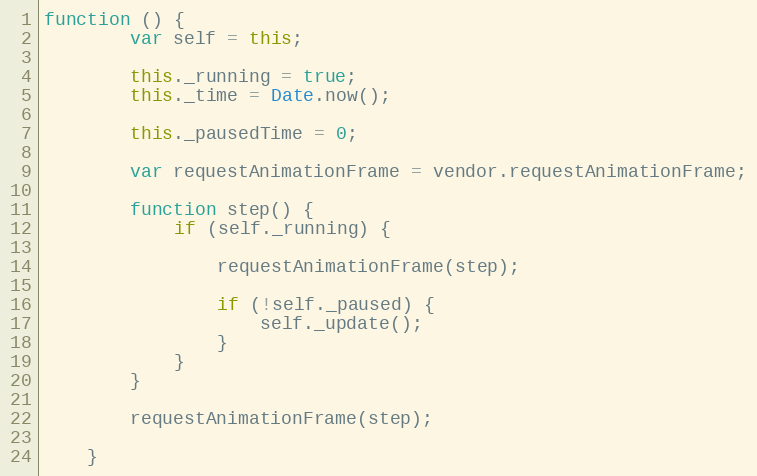
Language: JavaScript
function () {
        var self = this;

        this._running = true;
        this._time = Date.now();

        this._pausedTime = 0;

        var requestAnimationFrame = vendor.requestAnimationFrame;

        function step() {
            if (self._running) {

                requestAnimationFrame(step);

                if (!self._paused) {
                    self._update();
                }
            }
        }

        requestAnimationFrame(step);

    }